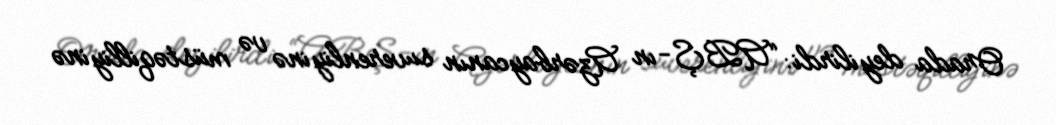
Orada deyilirdi: “ABŞ-ın Azərbaycanın suverenliyinə və müstəqilliyinə